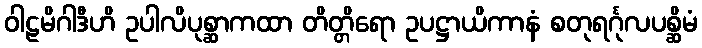
ဝါဠမိဂါဒီဟိ ဥပါလိပုစ္ဆာကထာ တိတ္တိရော ဥပဋ္ဌာယိကာနံ စတုရင်္ဂုလပစ္ဆိမံ